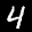
Label: 4